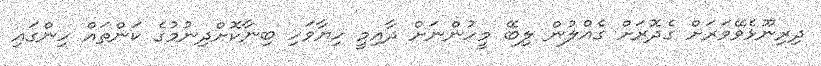
ދިރިނޫޅެވޭވަރަށް ގެދޮރަށް ގެއްލުން ލިބޭ މީހުންނަށް ދާއިމީ ހިޔާވަހި ބިނާކޮށްދިނުމުގެ ކަންތައް ހިންގައި